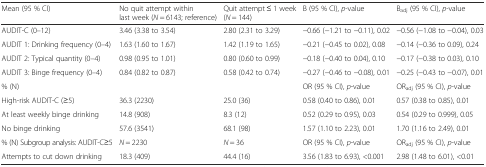
<table><thead><tr><td><b>Mean (95 % CI)</b></td><td><b>No quit attempt within last week (<i>N</i> = 6143; reference)</b></td><td><b>Quit attempt ≤ 1 week (<i>N</i> = 144)</b></td><td><b>B (95 % CI), <i>p</i>-value</b></td><td><b>B<sub>adj</sub> (95 % CI), <i>p</i>-value</b></td></tr></thead><tbody><tr><td>AUDIT-C (0–12)</td><td>3.46 (3.38 to 3.54)</td><td>2.80 (2.31 to 3.29)</td><td>−0.66 (−1.21 to −0.11), 0.02</td><td>−0.56 (−1.08 to −0.04), 0.03</td></tr><tr><td>AUDIT 1: Drinking frequency (0–4)</td><td>1.63 (1.60 to 1.67)</td><td>1.42 (1.19 to 1.65)</td><td>−0.21 (−0.45 to 0.02), 0.08</td><td>−0.14 (−0.36 to 0.09), 0.24</td></tr><tr><td>AUDIT 2: Typical quantity (0–4)</td><td>0.98 (0.95 to 1.01)</td><td>0.80 (0.60 to 0.99)</td><td>−0.18 (−0.40 to 0.04), 0.10</td><td>−0.17 (−0.38 to 0.03), 0.10</td></tr><tr><td>AUDIT 3: Binge frequency (0–4)</td><td>0.84 (0.82 to 0.87)</td><td>0.58 (0.42 to 0.74)</td><td>−0.27 (−0.46 to −0.08), 0.01</td><td>−0.25 (−0.43 to −0.07), 0.01</td></tr><tr><td>% (N)</td><td></td><td></td><td>OR (95 % CI), <i>p</i>-value</td><td>OR<sub>adj</sub> (95 % CI), <i>p</i>-value</td></tr><tr><td>High-risk AUDIT-C (≥5)</td><td>36.3 (2230)</td><td>25.0 (36)</td><td>0.58 (0.40 to 0.86), 0.01</td><td>0.57 (0.38 to 0.85), 0.01</td></tr><tr><td>At least weekly binge drinking</td><td>14.8 (908)</td><td>8.3 (12)</td><td>0.52 (0.29 to 0.95), 0.03</td><td>0.54 (0.29 to 0.999), 0.05</td></tr><tr><td>No binge drinking</td><td>57.6 (3541)</td><td>68.1 (98)</td><td>1.57 (1.10 to 2.23), 0.01</td><td>1.70 (1.16 to 2.49), 0.01</td></tr><tr><td>% (N) Subgroup analysis: AUDIT-C≥5</td><td><i>N</i> = 2230</td><td><i>N</i> = 36</td><td>OR (95 % CI), <i>p</i>-value</td><td>OR<sub>adj</sub> (95 % CI), <i>p</i>-value</td></tr><tr><td>Attempts to cut down drinking</td><td>18.3 (409)</td><td>44.4 (16)</td><td>3.56 (1.83 to 6.93), &lt;0.001</td><td>2.98 (1.48 to 6.01), &lt;0.01</td></tr></tbody></table>